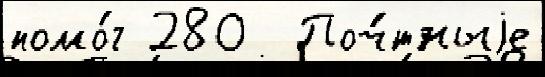
помо́г 280  Поч́тныjе